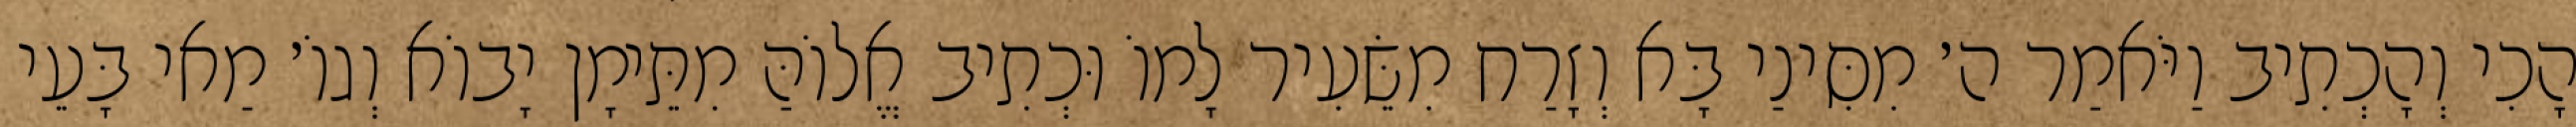
הָכִי וְהָכְתִיב וַיֹּאמַר ה׳ מִסִּינַי בָּא וְזָרַח מִשֵּׂעִיר לָמוֹ וּכְתִיב אֱלוֹהַּ מִתֵּימָן יָבוֹא וְגוֹ׳ מַאי בָּעֵי